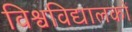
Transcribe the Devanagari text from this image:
विश्वविद्यालकों